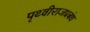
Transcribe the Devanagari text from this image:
पृथ्वीराजप्रबंध